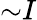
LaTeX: {\sim}I